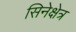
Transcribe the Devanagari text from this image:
सिनेक्षेत्र